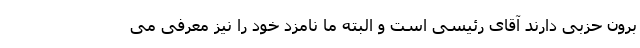
برون حزبی دارند آقای رئیسی است و البته ما نامزد خود را نیز معرفی می